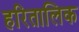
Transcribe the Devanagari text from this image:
हरितालिक